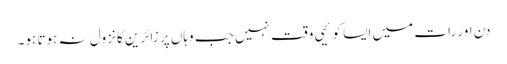
دن اور رات میں ایسا کوئیی وقت نہیں جب وہاں پر زائرین کا نزول نہ ہوتا ہو۔